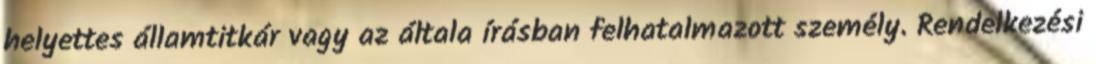
helyettes államtitkár vagy az általa írásban felhatalmazott személy. Rendelkezési